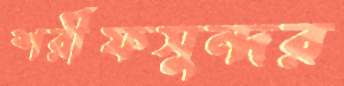
শরীফসুন্দর